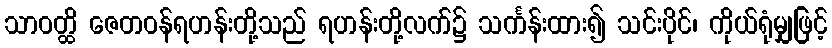
သာဝတ္ထိ ဇေတဝန်ရဟန်းတို့သည် ရဟန်းတို့လက်၌ သင်္ကန်းထား၍ သင်းပိုင်၊ ကိုယ်ရုံမျှဖြင့်